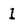
Character: l